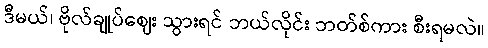
ဒီမယ်၊ ဗိုလ်ချုပ်ဈေး သွားရင် ဘယ်လိုင်း ဘတ်စ်ကား စီးရမလဲ။